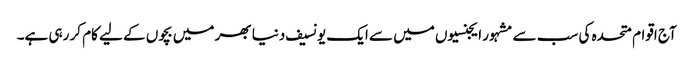
آج اقوام متحدہ کی سب سے مشہور ایجنسیوں میں سے ایک یونسیف دنیا بھر میں بچوں کے لیے کام کر رہی ہے۔